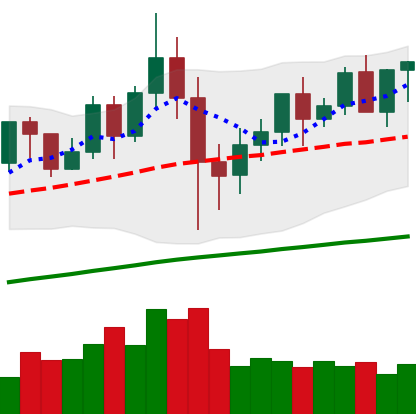
Ticker: XMR-USD
Chart end date: 2020-12-06
Forward return: 5.128%
Label: up_5_7